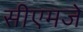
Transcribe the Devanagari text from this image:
सीएमजे